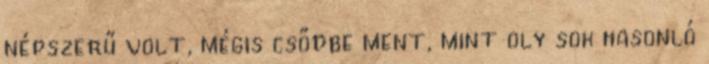
népszerű volt, mégis csődbe ment, mint oly sok hasonló